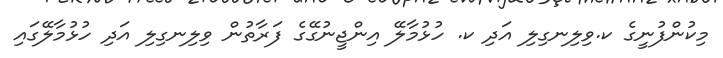
މިކުންފުނީގެ ކ.ވިލިނގިލި އަދި ކ. ހުޅުމާލޭ އިންޖީނުގޭގެ ފަރާތުން ވިލިނގިލި އަދި ހުޅުމާލޭގައި